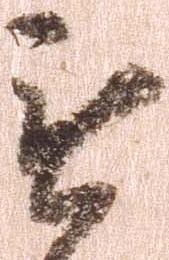
無